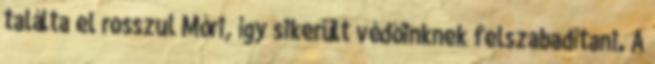
találta el rosszul Móri, így sikerült védőinknek felszabadítani. A